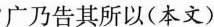
广乃告其所以(本文)